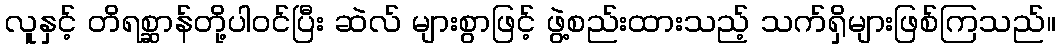
လူနှင့် တိရစ္ဆာန်တို့ပါဝင်ပြီး ဆဲလ် များစွာဖြင့် ဖွဲ့စည်းထားသည့် သက်ရှိများဖြစ်ကြသည်။